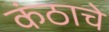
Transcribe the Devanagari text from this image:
कंठाचे